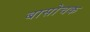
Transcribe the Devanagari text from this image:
बासोचक